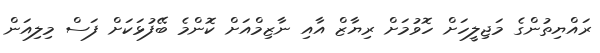
ރައްޔިތުންގެ މަޖިލީހަށް ހޮވުމަށް ރިޔާޒް އާއި ނާޒިމްއަށް ކޮންމެ ބޭފުޅަކަށް ފަސް މިލިއަން